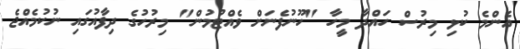
އެންމެ ކުޅި މިރުސް ހައްދާ މީހާ "ހޫނުފެނަށް ވެއްޓުމުން" މިރުހުގެ ދިފާއުގައި ނުކުމެއްޖެ